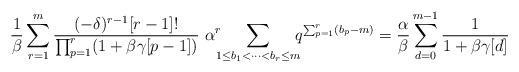
LaTeX: \begin{align*}\frac{1}{\beta}\sum_{r=1}^{m}\frac{(-\delta)^{r-1}[r-1]!}{\prod_{p=1}^{r}(1+\beta\gamma[p-1])}\,\,\alpha^{r}\!\!\!\sum_{1\le b_{1}<\cdots <b_{r}\le m}\!\!\!q^{\sum_{p=1}^{r}(b_{p}-m)}=\frac{\alpha}{\beta}\sum_{d=0}^{m-1}\frac{1}{1+\beta\gamma[d]}\end{align*}